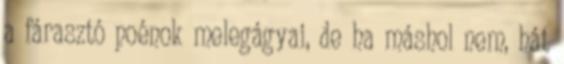
a fárasztó poénok melegágyai, de ha máshol nem, hát